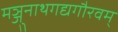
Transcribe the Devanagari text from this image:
मञ्जुनाथगद्यगौरवम्